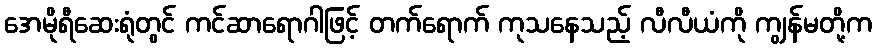
အေမိုရီဆေးရုံတွင် ကင်ဆာရောဂါဖြင့် တက်ရောက် ကုသနေသည့် လီလီယံကို ကျွန်မတို့က